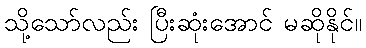
သို့သော်လည်း ပြီးဆုံးအောင် မဆိုနိုင်။